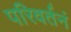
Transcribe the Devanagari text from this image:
परिवर्तनं